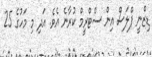
ޑިޒްނީ ޕްލަސް އިން ސްޓްރީމް ކުރާނެ އެވެ. އަދި މި މަހުގެ 25